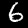
Label: 6